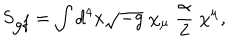
S _ { \mathrm { g f } } = \int d ^ { 4 } x \sqrt { - g } \; \chi _ { \mu } \; \frac { \alpha } { 2 } \; \chi ^ { \mu } ,